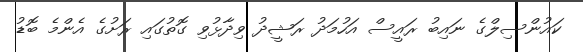
ކައުންސިލްގެ ނައިބު ރައީސް އަހުމަދު ރަޝީދު ވިދާޅުވި ގޮތުގައި ރަށުގެ އެންމެ ބޮޑު